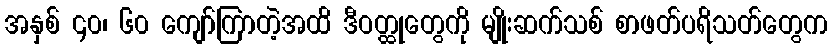
အနှစ် ၄၀၊ ၆၀ ကျော်ကြာတဲ့အထိ ဒီဝတ္ထုတွေကို မျိုးဆက်သစ် စာဖတ်ပရိသတ်တွေက